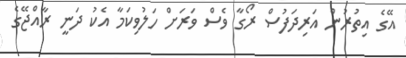
އޭގެ އިތުރުން އަރިދަފުސް ރޯގާ ވެސް ވަރަށް ހަލުވިކަމާ އެކު ދަނީ ރާއްޖޭގެ